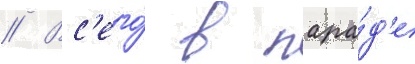
// Вс'его́ в пара́д'е